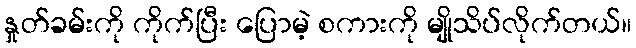
နှုတ်ခမ်းကို ကိုက်ပြီး ပြောမဲ့ စကားကို မျိုသိပ်လိုက်တယ်။